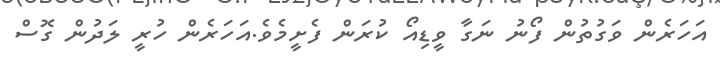
އަހަރެން ވަގުތުން ފޯނު ނަގާ ވީޑިއޯ ކުރަން ފެށީމެވެ.އަަހަރެން ހުރީ ލަދުން ގޮސް